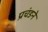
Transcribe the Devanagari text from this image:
प्रचंडने